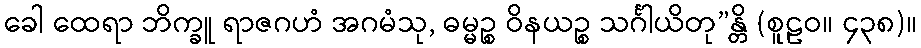
ခေါ ထေရာ ဘိက္ခူ ရာဇဂဟံ အဂမံသု, ဓမ္မဉ္စ ဝိနယဉ္စ သင်္ဂါယိတု”န္တိ (စူဠဝ။ ၄၃၈)။